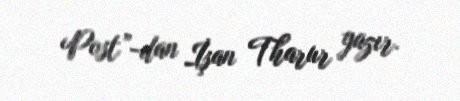
Post”-dan İşan Tharur yazır.